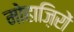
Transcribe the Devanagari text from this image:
मोहाज़िरों